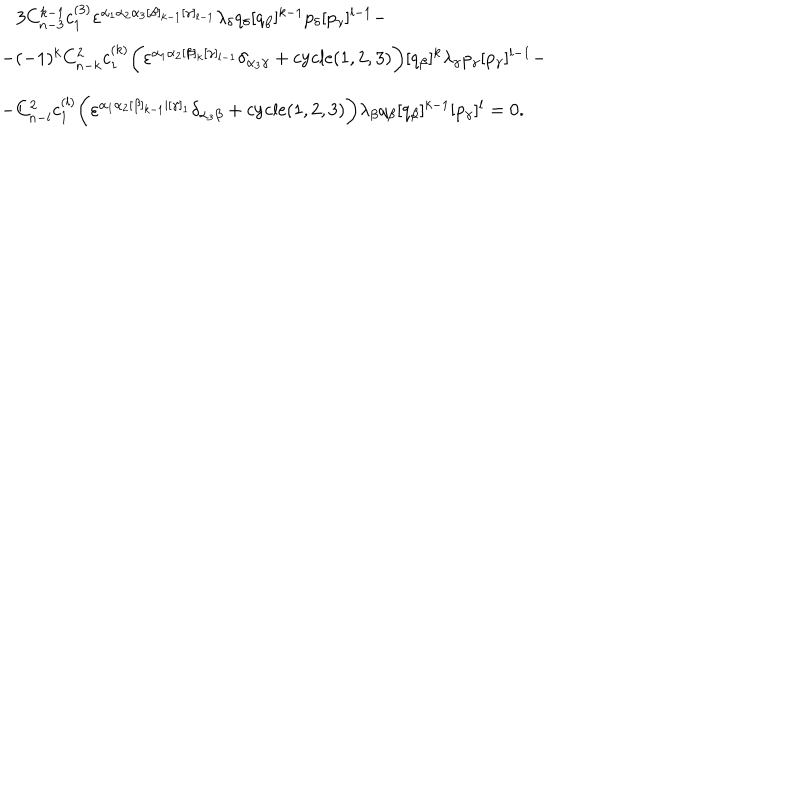
LaTeX: \begin{array} { l } { { \, \, \, \, \, 3 C _ { n - 3 } ^ { k - 1 } c _ { 1 } ^ { ( 3 ) } \varepsilon ^ { \alpha _ { 1 } \alpha _ { 2 } \alpha _ { 3 } [ \beta ] _ { k - 1 } [ \gamma ] _ { l - 1 } } \lambda _ { \delta } q _ { \delta } [ q _ { \beta } ] ^ { k - 1 } p _ { \delta } [ p _ { \gamma } ] ^ { l - 1 } - } } \\ { { - ( - 1 ) ^ { k } C _ { n - k } ^ { 2 } c _ { 1 } ^ { ( k ) } \biggl ( \varepsilon ^ { \alpha _ { 1 } \alpha _ { 2 } [ \beta ] _ { k } [ \gamma ] _ { l - 1 } } \delta _ { \alpha _ { 3 } \gamma } + \mathrm { c y c l e } ( 1 , 2 , 3 ) \biggr ) [ q _ { \beta } ] ^ { k } \lambda _ { \gamma } p _ { \gamma } [ p _ { \gamma } ] ^ { l - 1 } - } } \\ { { - C _ { n - l } ^ { 2 } c _ { 1 } ^ { ( l ) } \biggl ( \varepsilon ^ { \alpha _ { 1 } \alpha _ { 2 } [ \beta ] _ { k - 1 } | [ \gamma ] _ { 1 } } \delta _ { \alpha _ { 3 } \beta } + \mathrm { c y c l e } ( 1 , 2 , 3 ) \biggr ) \lambda _ { \beta } q _ { \beta } [ q _ { \beta } ] ^ { k - 1 } [ p _ { \gamma } ] ^ { l } = 0 . } } \\ \end{array}